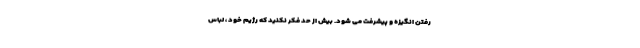
رفتن انگیزه و پیشرفت می شود. بیش از حد فکر نکنید که رژیم خود ، لباس